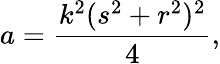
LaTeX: a={\frac{k^{2}(s^{2}+r^{2})^{2}}{4}},